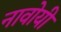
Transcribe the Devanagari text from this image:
नावोयी